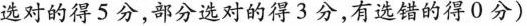
选对的得5分，部分选对的得3分，有选错的得0分)